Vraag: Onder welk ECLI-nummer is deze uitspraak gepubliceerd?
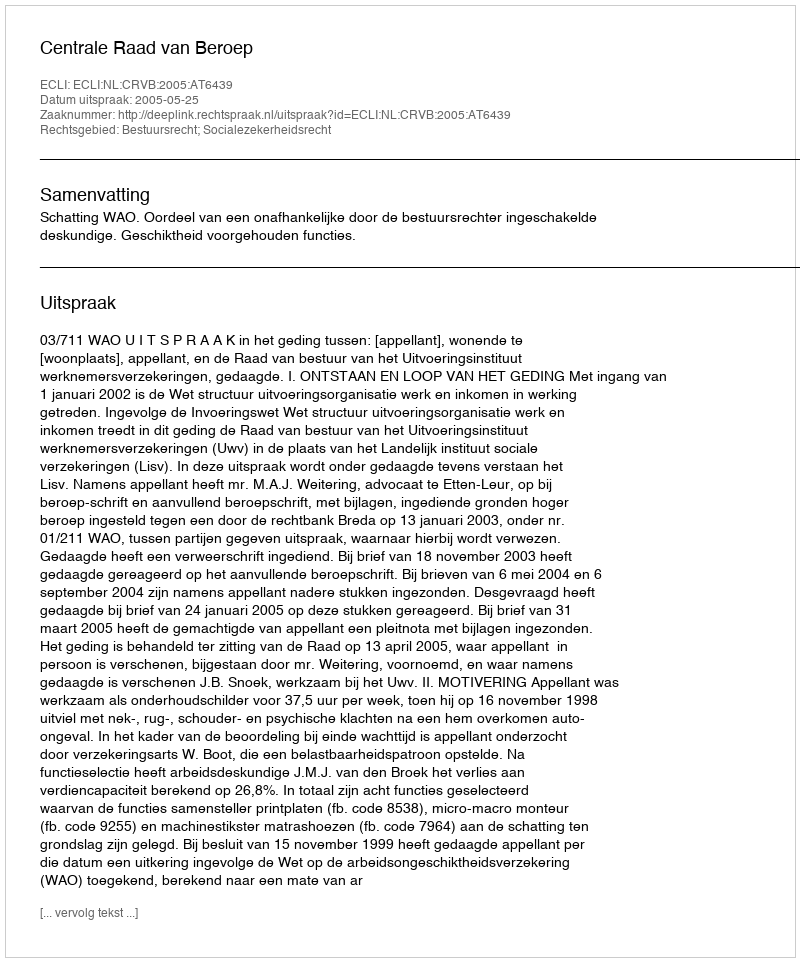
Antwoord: ECLI:NL:CRVB:2005:AT6439